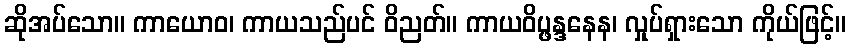
ဆိုအပ်သော။ ကာယောဝ၊ ကာယသည်ပင် ဝိညတ်။ ကာယဝိပ္ဖန္ဒနေန၊ လှုပ်ရှားသော ကိုယ်ဖြင့်။